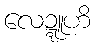
လေဍ္ဍူဟိ